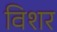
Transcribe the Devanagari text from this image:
विशर